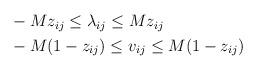
LaTeX: \begin{align*} \begin{aligned} &-M z_{ij}\leq \lambda_{ij} \leq M z_{ij}\\ &-M (1-z_{ij})\leq v_{ij}\leq M (1-z_{ij}) \end{aligned} \end{align*}